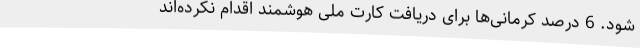
شود. 6 درصد کرمانی‌ها برای دریافت کارت ملی هوشمند اقدام نکرده‌اند